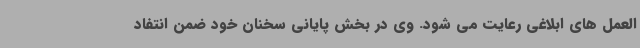
العمل های ابلاغی رعایت می شود. وی در بخش پایانی سخنان خود ضمن انتفاد